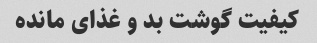
کیفیت گوشت بد و غذای مانده